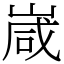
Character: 嵅